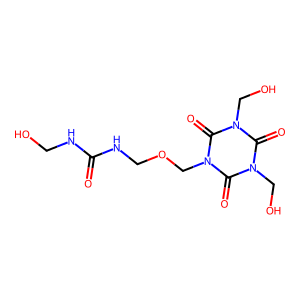
SMILES: O=C(NCO)NCOCn1c(=O)n(CO)c(=O)n(CO)c1=O
Inhibits HIV replication: No